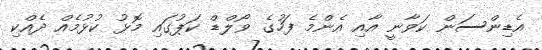
އެޑިންސަން ކަވާނީ އާއި އެންމެ ފަހުގެ ވޯލްޑް ކަޕުގައި މޮޅު ކުޅުމެއް ދެއްކި